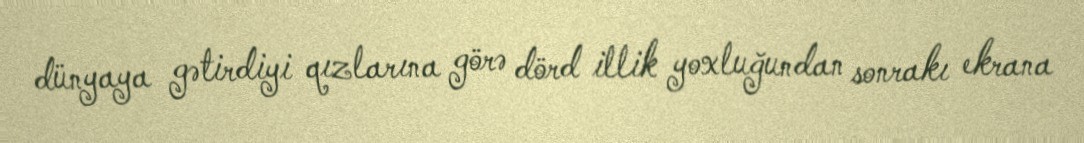
dünyaya gətirdiyi qızlarına görə dörd illik yoxluğundan sonrakı ekrana